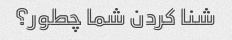
شنا کردن شما چطور؟